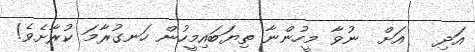
އަދި   އަށް  ނުވާ މީހުންނާ ތިޔަބައިމީހުން ހަނގުރާމަ ކުރާށެވެ!